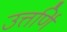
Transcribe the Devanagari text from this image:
उत्तर्णि